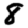
Digit: 8